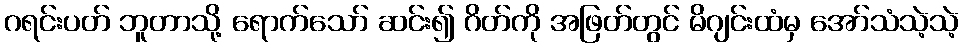
ဂရင်းပတ် ဘူတာသို့ ရောက်သော် ဆင်း၍ ဂိတ်ကို အဖြတ်တွင် မိဂျင်းထံမှ အော်သံသဲ့သဲ့